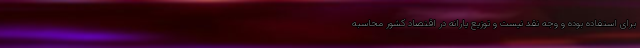
برای استفاده بوده و وجه نقد نیست و توزیع یارانه در اقتصاد کشور محاسبه